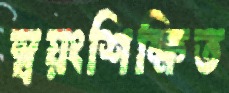
স্বয়ংশিক্ষিত